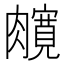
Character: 𰯦